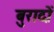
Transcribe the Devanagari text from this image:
बुरादों